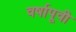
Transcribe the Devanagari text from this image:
वर्षापूवी